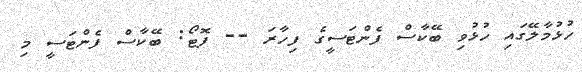
ހުޅުމާލޭގައި ހުޅުވި ބޭކާސް ފެންޓަސީގެ ފިިހާރަ -- ފޮޓޯޯ: ބޭކާސް ފެންޓަސީ މި